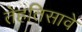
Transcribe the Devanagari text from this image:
तेहतिसावे